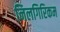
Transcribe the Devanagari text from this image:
निलगिरिकम